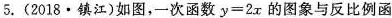
5. (2018·镇江)如图，一次函数$$y = 2 x$$的图象与反比例函